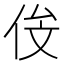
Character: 𬾄